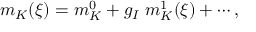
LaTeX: m _ { K } ( \xi ) = m _ { K } ^ { 0 } + g _ { I } \; m _ { K } ^ { 1 } ( \xi ) + \cdots ,